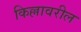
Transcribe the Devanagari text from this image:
किल्लावरील